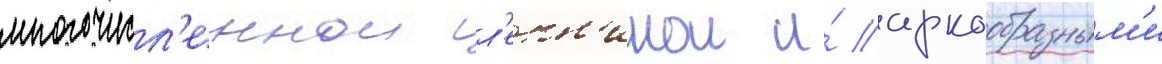
многочисл'еннои л'епн'инои и́ аркообразным'и